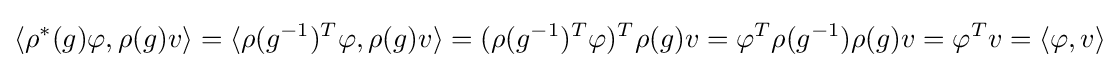
\langle {\rho }^{*}(g)\varphi ,\rho (g)v\rangle =\langle \rho (g^{-1})^{T}\varphi ,\rho (g)v\rangle =(\rho (g^{-1})^{T}\varphi )^{T}\rho (g)v=\varphi ^{T}\rho (g^{-1})\rho (g)v=\varphi ^{T}v=\langle \varphi ,v\rangle